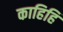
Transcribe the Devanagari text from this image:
काहिहि